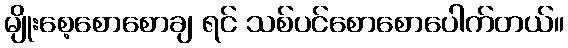
မျိုးစေ့စောစောချ ရင် သစ်ပင်စောစောပေါက်တယ်။